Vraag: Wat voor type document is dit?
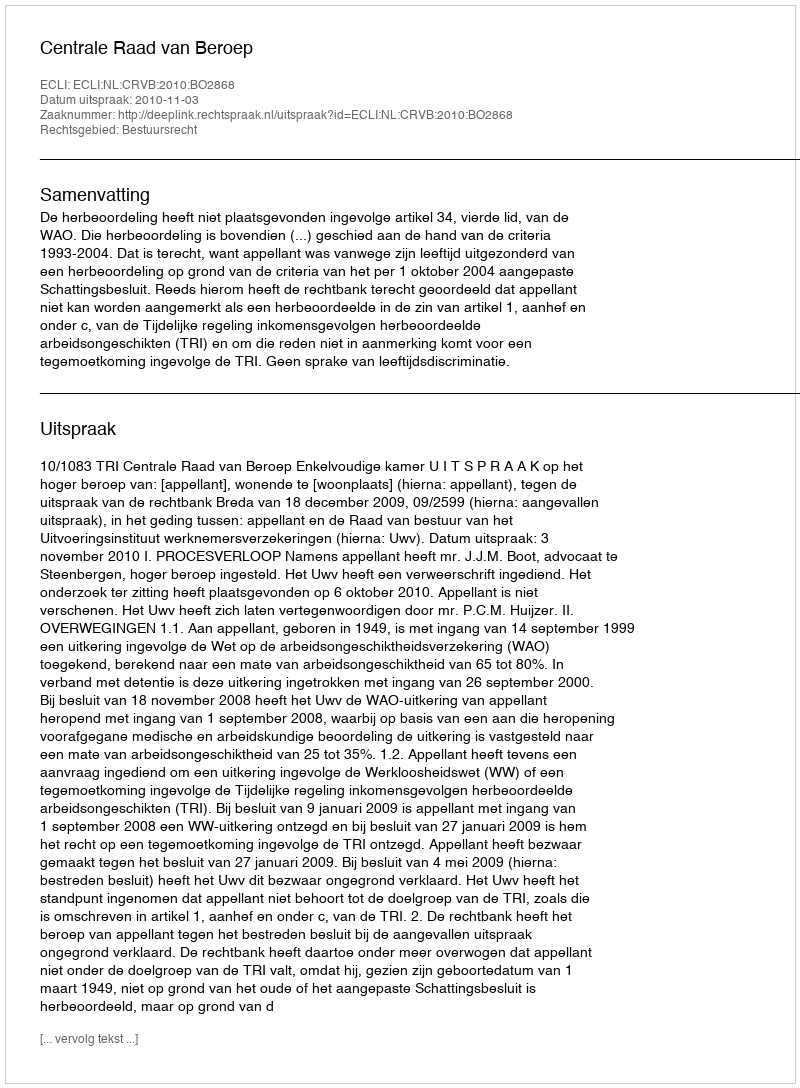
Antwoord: Uitspraak